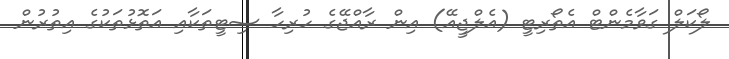
ލޯކަލް ގަވާމެންޓް އެތޯރިޓީ (އެލްޖީއޭ) އިން ރާއްޖޭގެ ހުރިހާ ސިޓީތަކާއި އަތޮޅުތަކުގެ އިތުރުން